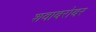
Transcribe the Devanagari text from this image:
शवाबरोबर